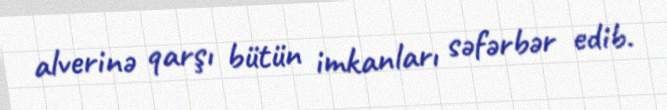
alverinə qarşı bütün imkanları səfərbər edib.